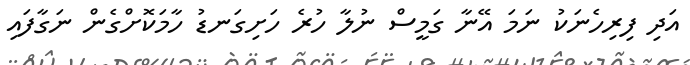
އަދި ފިރިހެނަކު ނަމަ އޭނާ ގަމީސް ނުލާ ހުރެ ހަށިގަނޑު ހާމަކޮށްގެން ނަގާފައި